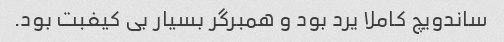
ساندویچ کاملا یرد بود و همبرگر بسیار بی کیفبت بود.